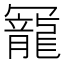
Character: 𠖥